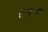
ર૧૦